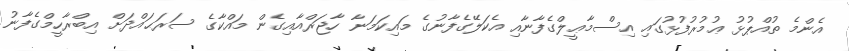
އެންމެ ތުއްޕުޅު ޢުމުރުފުޅުގައި އިސްމާޢީލްގެފާނާއި އެކަލޭގެފާނުގެ މައިކަމަނާ ހާޖަރްއާއިގެން މައްކާގެ ސަރަޙައްދަށް އިބްރާހީމްގެފާނު